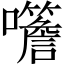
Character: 𡅨